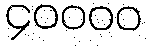
၄၀၀၀၀